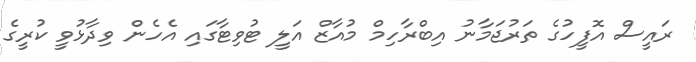
ރައީސް އޮފީހުގެ ތަރުޖަމާނު އިބްރާހިމް މުއާޒް އަލީ ޓުވިޓާގައި އެހެން ވިދާޅުވީ ކުރީގެ